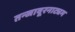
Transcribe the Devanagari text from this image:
तन्‍जावूरनाट्यम